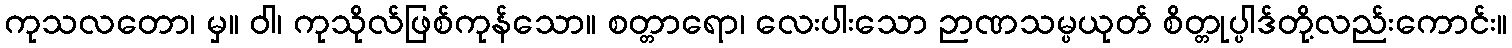
ကုသလတော၊ မှ။ ဝါ၊ ကုသိုလ်ဖြစ်ကုန်သော။ စတ္တာရော၊ လေးပါးသော ဉာဏသမ္ပယုတ် စိတ္တုပ္ပါဒ်တို့လည်းကောင်း။